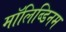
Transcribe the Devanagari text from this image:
मॉलिब्डिनम